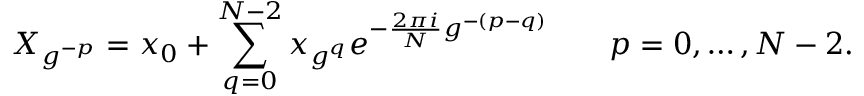
X _ { g ^ { - p } } = x _ { 0 } + \sum _ { q = 0 } ^ { N - 2 } x _ { g ^ { q } } e ^ { - { \frac { 2 \pi i } { N } } g ^ { - ( p - q ) } } \qquad p = 0 , \dots , N - 2 .